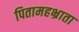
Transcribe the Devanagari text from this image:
पितामहभ्राता